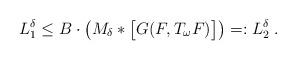
LaTeX: \begin{align*} L^\delta_1\leq B\cdot\big( M_\delta*\big[G(F,T_\omega F)\big]\big)=:L^\delta_2\;. \end{align*}